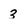
Character: 3